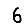
Digit: 6